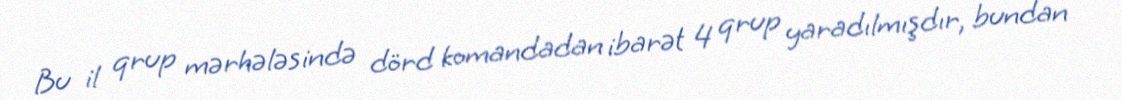
Bu il qrup mərhələsində dörd komandadan ibarət 4 qrup yaradılmışdır, bundan